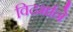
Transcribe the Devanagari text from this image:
विदर्भाने